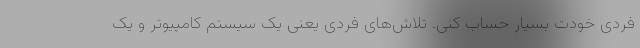
فردی خودت بسیار حساب کنی. تلاش‌های فردی یعنی یک سیستم کامپیوتر و یک